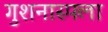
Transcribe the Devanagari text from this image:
गुशनास्पला